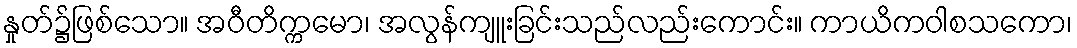
နှုတ်၌ဖြစ်သော။ အဝီတိက္ကမော၊ အလွန်ကျူးခြင်းသည်လည်းကောင်း။ ကာယိကဝါစသကော၊